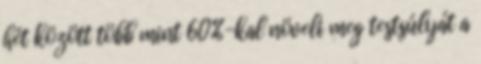
hét között több mint 60%-kal növeli meg testsúlyát a